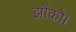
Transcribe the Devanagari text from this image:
झोंको।